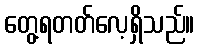
တွေ့ရတတ်လေ့ရှိသည်။